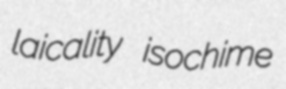
laicality isochime